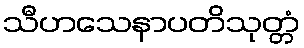
သီဟသေနာပတိသုတ္တံ